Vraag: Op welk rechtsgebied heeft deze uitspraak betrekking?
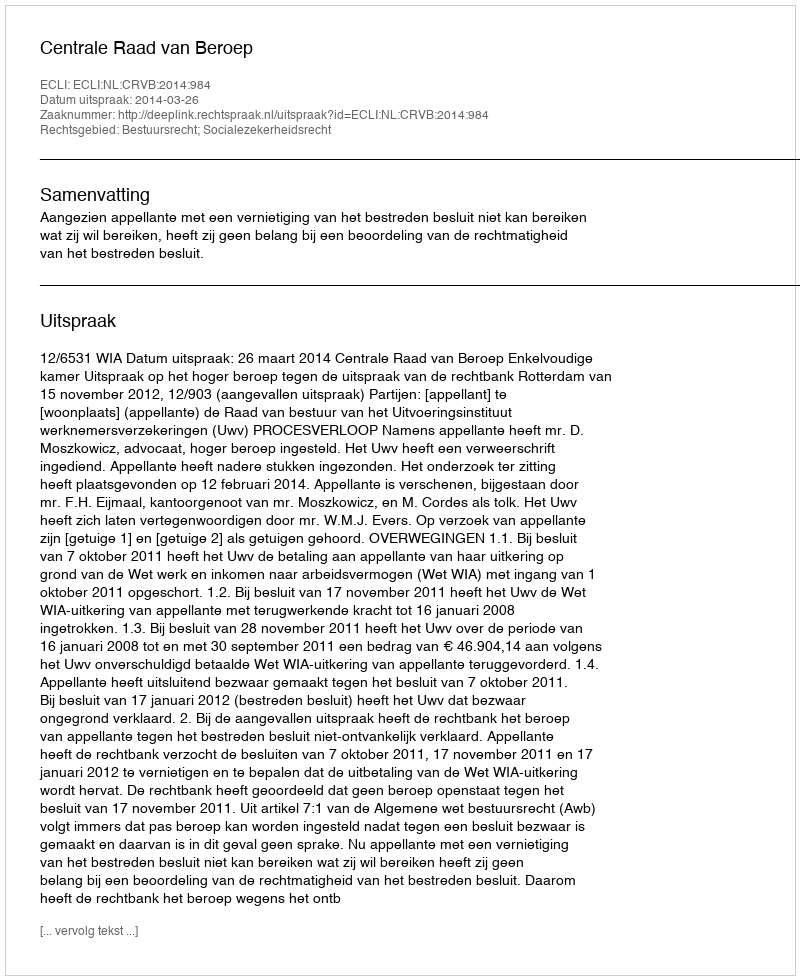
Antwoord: Bestuursrecht; Socialezekerheidsrecht